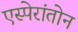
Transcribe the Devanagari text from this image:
एस्पेरांतोन